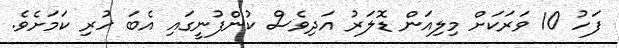
ފަހު 10 ވަރަކަށް މިލިއަން ޑޮލަރު އަދިވެސް ކުންފުނީގައި އެބަ ހުރި ކަމަށެވެ.